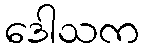
ဒေါသက